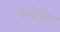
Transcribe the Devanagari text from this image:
क्लोजेट